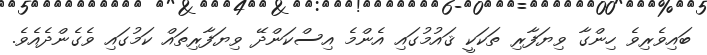
ބައިވެރިވެ ހިންގާ ވިޔަފާރި ތަކަކީ ޤައުމުގައި އެންމެ އިސްކަންދޭ ވިޔަފާރިތައް ކަމުގައި ވެގެންދެއެވެ.